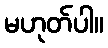
မဟုတ်ပါ။